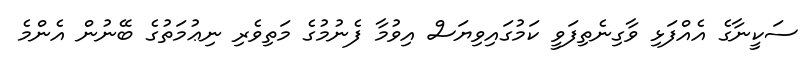
ސަކީނާގެ އެއްފަޅި ވާގިނެތިފަވީ ކަމުގައިވިޔަސް އިވުމާ ފެނުމުގެ މަތިވެރި ނިޢުމަތުގެ ބޭނުން އެންމެ